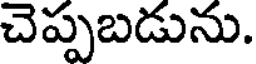
చెప్పబడును.